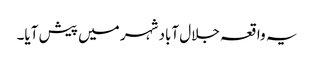
یہ واقعہ جلال آباد شہر میں پیش آیا۔